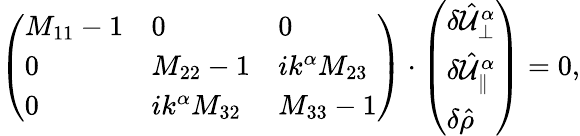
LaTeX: \begin{array}{r}{\left(\begin{array}{lll}{M_{11}-1}&{0}&{0}\\ {0}&{M_{22}-1}&{i\mathcal{k}^{\alpha}M_{23}}\\ {0}&{i\mathcal{k}^{\alpha}M_{32}}&{M_{33}-1}\end{array}\right)\cdot\left(\begin{array}{l}{\delta\hat{\mathcal{U}}_{\perp}^{\alpha}}\\ {\delta\hat{\mathcal{U}}_{\parallel}^{\alpha}}\\ {\delta\hat{\rho}}\end{array}\right)=0,}\end{array}